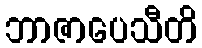
ဘာဇာပေသီတိ